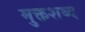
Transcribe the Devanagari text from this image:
मुक्तशब्द